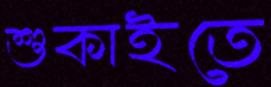
শুকাইতে